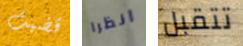
قضيت انظرا تتقبل